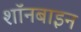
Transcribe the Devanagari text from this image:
शॉनबाइन